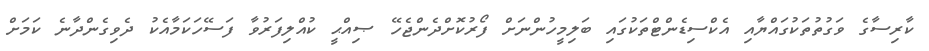
ކާރިސާގެ ވަގުތުތަކުގައްޔާއި އެކްސިޑެންޓްތަކުގައި ބަލިމީހުންނަށް ފޯރުކޮށްދެންޖެހޭ ޞިއްޙީ ކުއްލިފަރުވާ ފަސޭހަކަމާއެކު ދެވިގެންދާނެ ކަަަމަށް